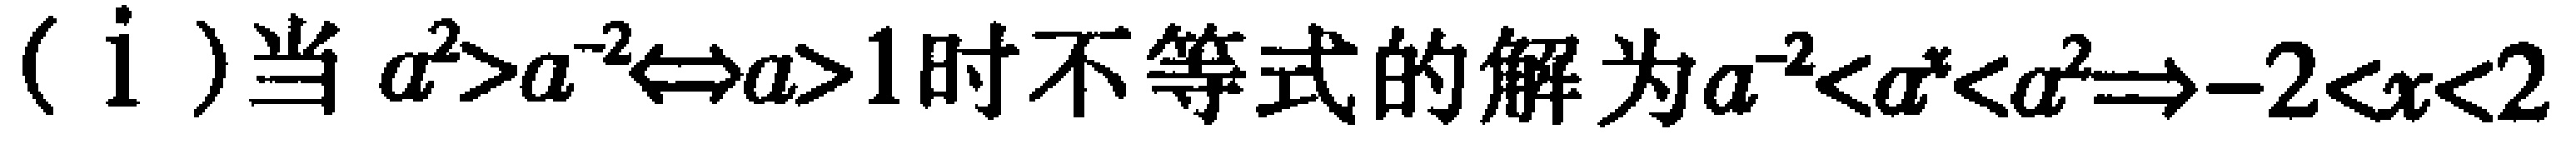
（i）当 \(a^{2}>a^{-2}\Leftrightarrow a > 1\) 时不等式的解为 \(a^{-2}<a^{x}<a^{2}\Rightarrow -2<x<2\)